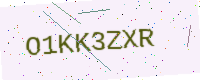
Text: O1KK3ZXR